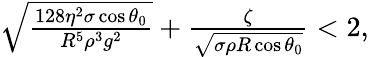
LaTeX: \begin{array}{r}{\sqrt{\frac{128\eta^{2}\sigma\cos\theta_{0}}{R^{5}\rho^{3}g^{2}}}+\frac{\zeta}{\sqrt{\sigma\rho R\cos\theta_{0}}}<2,}\end{array}